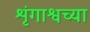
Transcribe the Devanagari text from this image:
शृंगाश्वच्या